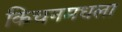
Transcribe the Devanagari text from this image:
किचनमधला